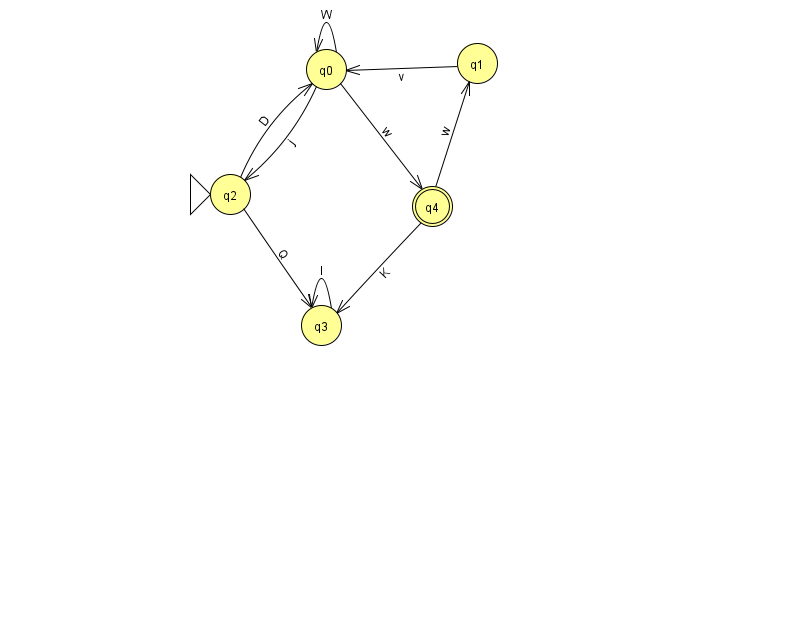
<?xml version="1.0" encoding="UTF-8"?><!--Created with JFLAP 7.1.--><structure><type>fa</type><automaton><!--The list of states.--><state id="0" name="q0"><x>326.0</x><y>56.0</y></state><state id="1" name="q1"><x>477.0</x><y>50.0</y></state><state id="2" name="q2"><x>230.0</x><y>181.0</y><initial/></state><state id="3" name="q3"><x>321.0</x><y>312.0</y></state><state id="4" name="q4"><x>432.0</x><y>193.0</y><final/></state><!--The list of transitions.--><transition><from>4</from><to>3</to><read>K</read></transition><transition><from>0</from><to>2</to><read>j</read></transition><transition><from>0</from><to>4</to><read>w</read></transition><transition><from>2</from><to>3</to><read>Q</read></transition><transition><from>0</from><to>0</to><read>W</read></transition><transition><from>2</from><to>0</to><read>D</read></transition><transition><from>3</from><to>3</to><read>l</read></transition><transition><from>4</from><to>1</to><read>w</read></transition><transition><from>1</from><to>0</to><read>v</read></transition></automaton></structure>